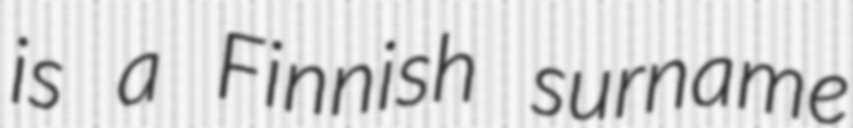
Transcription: is a Finnish surname